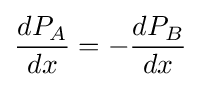
{\frac {dP_{A}}{dx}}=-{\frac {dP_{B}}{dx}}